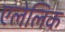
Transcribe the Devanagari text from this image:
एलेलिक